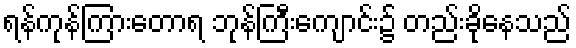
ရန်ကုန်ကြားတောရ ဘုန်ကြီးကျောင်း၌ တည်းခိုနေသည်